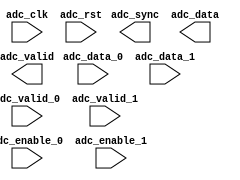
module ad9680_cpack (
		input  wire         adc_clk,      //   if_adc_clk.clk
		input  wire         adc_rst,      //   if_adc_rst.reset
		output wire         adc_valid,    // if_adc_valid.valid
		output wire         adc_sync,     //  if_adc_sync.sync
		output wire [127:0] adc_data,     //  if_adc_data.data
		input  wire         adc_enable_0, //     adc_ch_0.enable
		input  wire         adc_valid_0,  //             .valid
		input  wire [63:0]  adc_data_0,   //             .data
		input  wire         adc_enable_1, //     adc_ch_1.enable
		input  wire         adc_valid_1,  //             .valid
		input  wire [63:0]  adc_data_1    //             .data
	);
endmodule